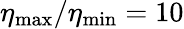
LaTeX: \eta_{\mathrm{max}}/\eta_{\mathrm{min}}=10